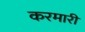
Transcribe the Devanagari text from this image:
करमारी